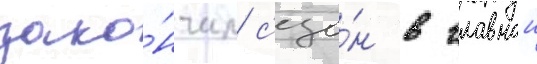
зако́нчил с'езо́н в главнои